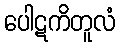
ပေါဋကိတူလံ